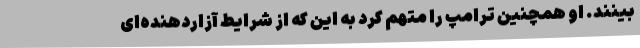
بینند. او همچنین ترامپ را متهم کرد به این که از شرایط آزاردهنده‌ای